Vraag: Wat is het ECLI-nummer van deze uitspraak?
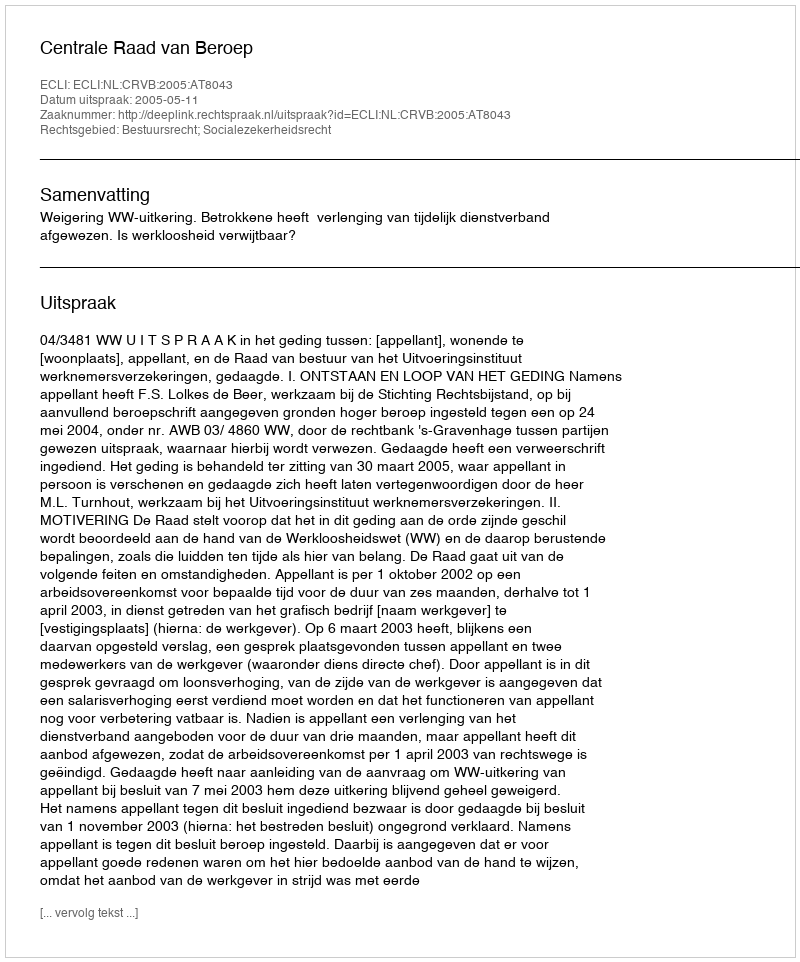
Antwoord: ECLI:NL:CRVB:2005:AT8043